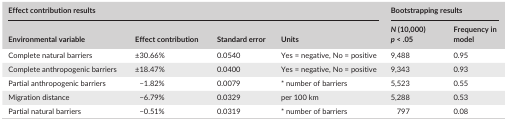
<table><thead><tr><td colspan="4"><b>Effect contribution results</b></td><td colspan="2"><b>Bootstrapping results</b></td></tr><tr><td><b>Environmental variable</b></td><td><b>Effect contribution</b></td><td><b>Standard error</b></td><td><b>Units</b></td><td><b><i>N</i> (10,000) <i>p</i> &lt; .05</b></td><td><b>Frequency in model</b></td></tr></thead><tbody><tr><td>Complete natural barriers</td><td>±30.66%</td><td>0.0540</td><td>Yes = negative, No = positive</td><td>9,488</td><td>0.95</td></tr><tr><td>Complete anthropogenic barriers</td><td>±18.47%</td><td>0.0400</td><td>Yes = negative, No = positive</td><td>9,343</td><td>0.93</td></tr><tr><td>Partial anthropogenic barriers</td><td>−1.82%</td><td>0.0079</td><td>* number of barriers</td><td>5,523</td><td>0.55</td></tr><tr><td>Migration distance</td><td>−6.79%</td><td>0.0329</td><td>per 100 km</td><td>5,288</td><td>0.53</td></tr><tr><td>Partial natural barriers</td><td>−0.51%</td><td>0.0319</td><td>* number of barriers</td><td>797</td><td>0.08</td></tr></tbody></table>